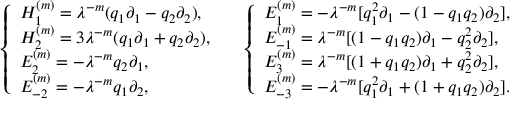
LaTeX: \left. \begin{array} { l l } { { { \left\{ \begin{array} { l } { { H _ { 1 } ^ { ( m ) } = \lambda ^ { - m } ( q _ { 1 } \partial _ { 1 } - q _ { 2 } \partial _ { 2 } ) , \, \, } } \\ { { H _ { 2 } ^ { ( m ) } = 3 \lambda ^ { - m } ( q _ { 1 } \partial _ { 1 } + q _ { 2 } \partial _ { 2 } ) , \, \, } } \\ { { E _ { 2 } ^ { ( m ) } = - \lambda ^ { - m } q _ { 2 } \partial _ { 1 } , \, \, } } \\ { { E _ { - 2 } ^ { ( m ) } = - \lambda ^ { - m } q _ { 1 } \partial _ { 2 } , \, \, } } \end{array} \right. } } } & { { { \left\{ \begin{array} { l } { { E _ { 1 } ^ { ( m ) } = - \lambda ^ { - m } [ q _ { 1 } ^ { 2 } \partial _ { 1 } - ( 1 - q _ { 1 } q _ { 2 } ) \partial _ { 2 } ] , \, \, } } \\ { { E _ { - 1 } ^ { ( m ) } = \lambda ^ { - m } [ ( 1 - q _ { 1 } q _ { 2 } ) \partial _ { 1 } - q _ { 2 } ^ { 2 } \partial _ { 2 } ] , \, \, } } \\ { { E _ { 3 } ^ { ( m ) } = \lambda ^ { - m } [ ( 1 + q _ { 1 } q _ { 2 } ) \partial _ { 1 } + q _ { 2 } ^ { 2 } \partial _ { 2 } ] , \, \, } } \\ { { E _ { - 3 } ^ { ( m ) } = - \lambda ^ { - m } [ q _ { 1 } ^ { 2 } \partial _ { 1 } + ( 1 + q _ { 1 } q _ { 2 } ) \partial _ { 2 } ] . } } \end{array} \right. } } } \end{array} \right.